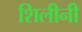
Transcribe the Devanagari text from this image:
शिलीनी